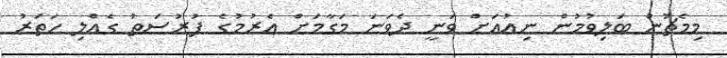
މިމެޗުން ބަލިވުމުން ނިއުއަށް ވަނީ ދެވަނަ މަގާމަށް އެރުމުގެ ފުރުސަތު ގެއްލި ހަތަރު